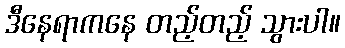
ဒီနေရာကနေ တည့်တည့် သွားပါ။